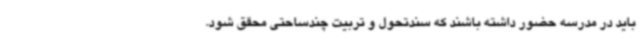
باید در مدرسه حضور داشته باشند که سندتحول و تربیت چندساحتی محقق شود.